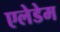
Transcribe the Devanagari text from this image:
एलेडेम